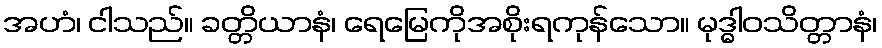
အဟံ၊ ငါသည်။ ခတ္တိယာနံ၊ ရေမြေကိုအစိုးရကုန်သော။ မုဒ္ဓါဝသိတ္တာနံ၊